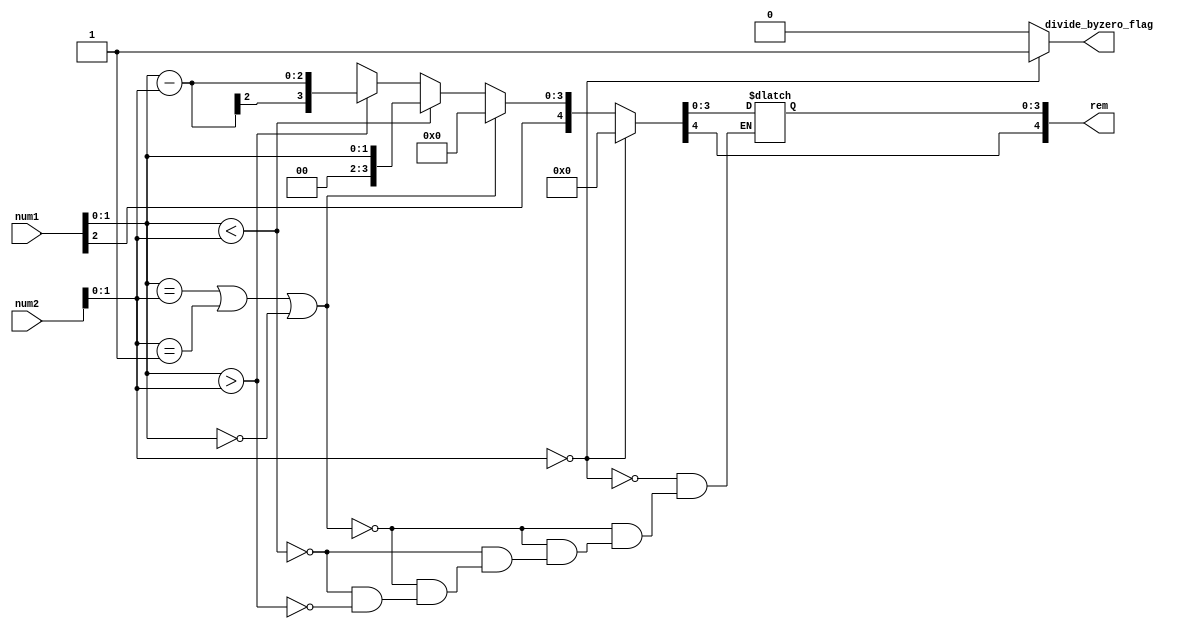
module rem(
input [2:0]num1,
input [2:0]num2,
output reg divide_byzero_flag,
output reg [4:0]rem
);
reg [1:0]unsignednum1;
reg [1:0]unsignednum2;
always @(*) begin 
    unsignednum1=num1[1:0];
    unsignednum2=num2[1:0];

if(((unsignednum1) == (unsignednum2))||(unsignednum2==2'b01) ||(unsignednum1==2'b00))begin 
 rem=4'b0000;
 /*enters if both numbers are equal , then the result is zero,
  any number divided one gives remainder zero
  if the first number is zero the result is zero*/
end 
 else if (unsignednum1<unsignednum2) begin 
   rem=unsignednum1;
end else if (unsignednum1>unsignednum2) begin
   rem=unsignednum1-unsignednum2; 
end 
rem[4]=num1[2];
if (unsignednum2==2'b00) begin
     rem=4'b0000; 
   divide_byzero_flag=1'b1;
end else begin 
divide_byzero_flag=1'b0;
end
end 
endmodule